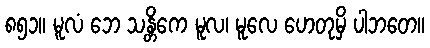
၈၅၁။ မူလံ ဘေ သန္တိကေ မူလ၊ မူလေ ဟေတုမှိ ပါဘတေ။